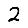
Digit: 2